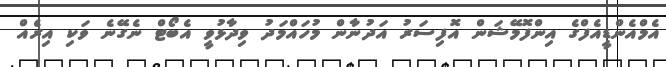
އެމްއެންޑީއެފްގެ އިންފޮމޭޝަން އޮފިސަރު އަދުނާން މުހައްމަދު ވިދާޅުވީ އެބޯޓް ނެގޭނެ ވަކި އިރެއް